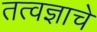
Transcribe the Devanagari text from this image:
तत्वज्ञाचे